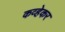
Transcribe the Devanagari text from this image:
कव्हेकर